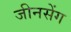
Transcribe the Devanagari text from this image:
जीनसेंग